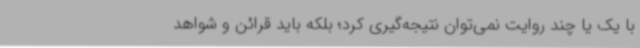
با یک یا چند روایت نمی‌توان نتیجه‌گیری کرد؛ بلکه باید قرائن و شواهد